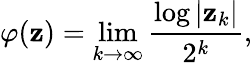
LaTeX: \varphi(\mathbf{z})=\operatorname*{lim}_{k\to\infty}{\frac{{\log|\mathbf{z}_{k}|}}{{2^{k}}}},